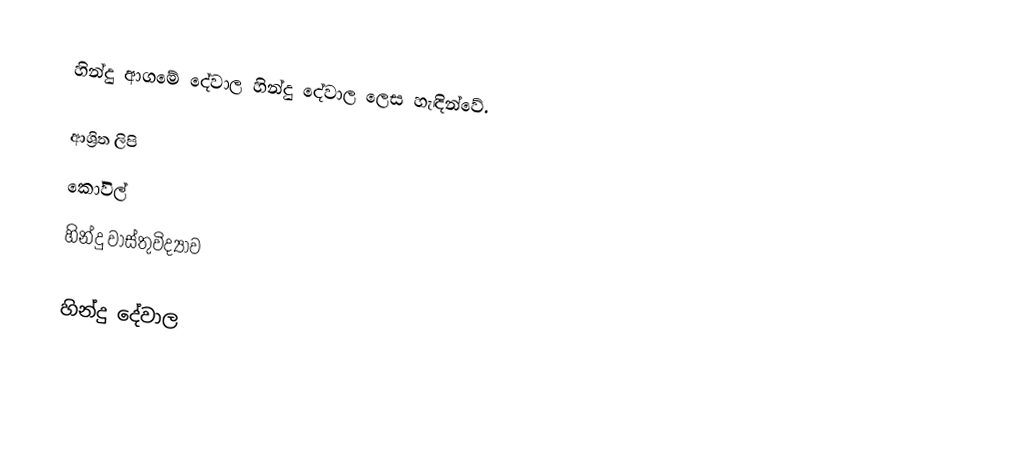
හින්දු ආගමේ දේවාල හින්දු දේවාල ලෙස හැඳින්වේ.

ආශ්‍රිත ලිපි
 කෝවිල්
 හින්දු වාස්තුවිද්‍යාව

හින්දු දේවාල